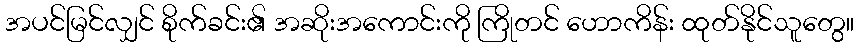
အပင်မြင်လျှင် စိုက်ခင်း၏ အဆိုးအကောင်းကို ကြိုတင် ဟောကိန်း ထုတ်နိုင်သူတွေ။